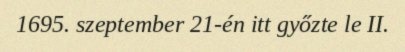
1695. szeptember 21-én itt győzte le II.